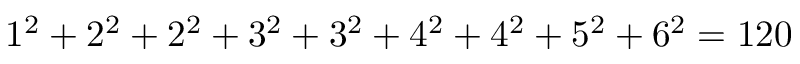
1 ^ { 2 } + 2 ^ { 2 } + 2 ^ { 2 } + 3 ^ { 2 } + 3 ^ { 2 } + 4 ^ { 2 } + 4 ^ { 2 } + 5 ^ { 2 } + 6 ^ { 2 } = 1 2 0